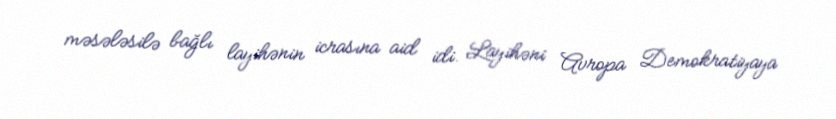
məsələsilə bağlı layihənin icrasına aid idi. Layihəni Avropa Demokratiyaya